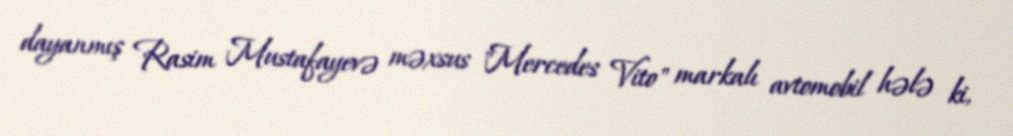
dayanmış Rasim Mustafayevə məxsus "Mercedes Vito" markalı avtomobil hələ ki,